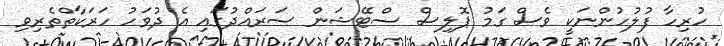
ހުރިހާ ފުލުހުންނަކީ ވެސް ގަމު ޕޮލިސް ސްޓޭޝަން ސަރައްދުގައި އެ ދުވަހު ހަރަކާތްތެރިވި